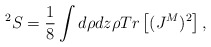
\begin{align*}^2S = \frac {1}{8}\int d\rho dz \rho Tr\left [(J^M)^2 \right],\end{align*}